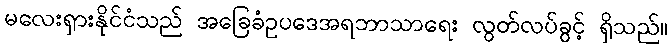
မလေးရှားနိုင်ငံသည် အခြေခံဥပဒေအရဘာသာရေး လွတ်လပ်ခွင့် ရှိသည်။